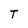
Character: T